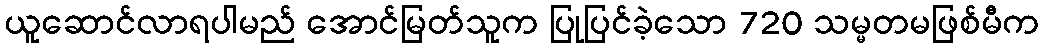
ယူဆောင်လာရပါမည် အောင်မြတ်သူက ပြုပြင်ခဲ့သော 720 သမ္မတမဖြစ်မီက